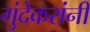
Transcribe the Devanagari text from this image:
गुंदेकरांनी